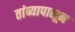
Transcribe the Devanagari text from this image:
तांब्यापासून